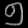
Digit: ၅